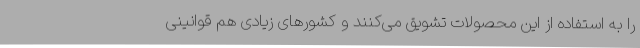
را به استفاده از این محصولات تشویق می‌کنند و کشورهای زیادی هم قوانینی